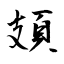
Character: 頍